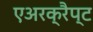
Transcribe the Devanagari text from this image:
एअरक्रैप्ट